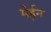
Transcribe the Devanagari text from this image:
मेईन